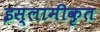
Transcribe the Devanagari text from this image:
इस्लामीकृत